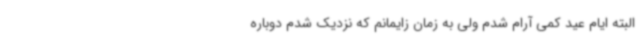
البته ایام عید کمی آرام شدم ولی به زمان زایمانم که نزدیک شدم دوباره